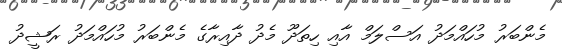
މެންބަރު މުހައްމަދު އަސްލަމް އާއި ހިތަދޫ މެދު ދާއިރާގެ މެންބަރު މުހައްމަދު ރަޝީދު